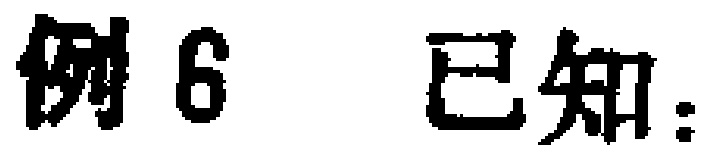
例 6 已知：